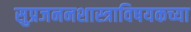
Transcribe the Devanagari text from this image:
सुप्रजननशास्त्राविषयकच्या